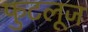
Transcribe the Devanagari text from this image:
फुटलूज